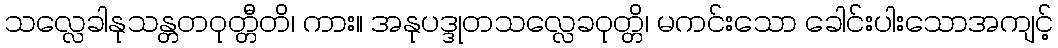
သလ္လေခါနုသန္တတဝုတ္တီတိ၊ ကား။ အနုပဒ္ဒုတသလ္လေခဝုတ္တိ၊ မကင်းသော ခေါင်းပါးသောအကျင့်